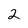
Character: 2